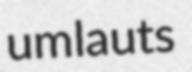
umlauts